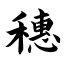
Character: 穗